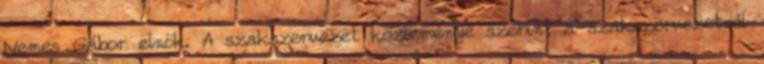
Nemes Gábor elnök. A szakszervezet közleménye szerint a szakszervezetnél